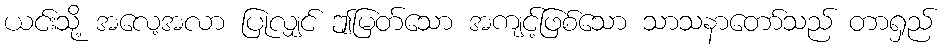
ယင်းသို့ အလေ့အလာ ပြုလျှင် ဤမြတ်သော အကျင့်ဖြစ်သော သာသနာတော်သည် တာရှည်